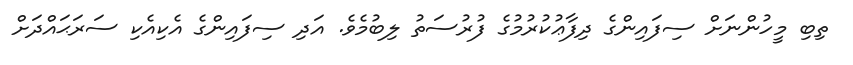
ތިބި މީހުންނަށް ސިފައިންގެ ދިފާޢުކުރުމުގެ ފުރުސަތު ލިބުމެވެ. އަދި ސިފައިންގެ އެކިއެކި ސަރަޙައްދަށް